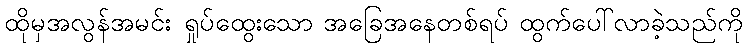
ထိုမှအလွန်အမင်း ရှုပ်ထွေးသော အခြေအနေတစ်ရပ် ထွက်ပေါ်လာခဲ့သည်ကို